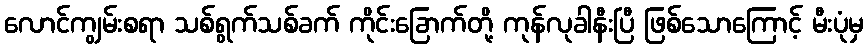
လောင်ကျွမ်းစရာ သစ်ရွက်သစ်ခက် ကိုင်းခြောက်တို့ ကုန်လုခါနီးပြီ ဖြစ်သောကြောင့် မီးပုံမှ